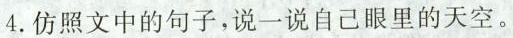
4.仿照文中的句子，说一说自己眼里的天空。